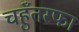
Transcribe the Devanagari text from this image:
चहुँतरफा